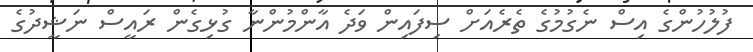
ފުލުހުންގެ އިސް ނެގުމުގެ ތެރެއަށް ސިފައިން ވަދެ އާންމުންނާ ގުޅިގެން ރައީސް ނަޝީދުގެ